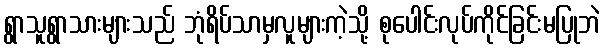
ရွာသူရွာသားများသည် ဘုံရိပ်သာမှလူများကဲ့သို့ စုပေါင်းလုပ်ကိုင်ခြင်းမပြုဘဲ